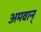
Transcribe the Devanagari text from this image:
अमवान्